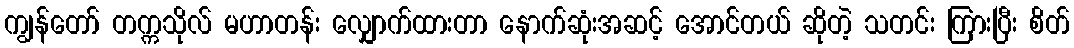
ကျွန်တော် တက္ကသိုလ် မဟာတန်း လျှောက်ထားတာ နောက်ဆုံးအဆင့် အောင်တယ် ဆိုတဲ့ သတင်း ကြားပြီး စိတ်